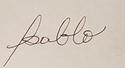
Signature authenticity: forged